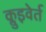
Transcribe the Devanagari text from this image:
क्लुइवेर्त